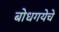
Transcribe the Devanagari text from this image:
बोधगयेचे